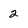
Character: 2